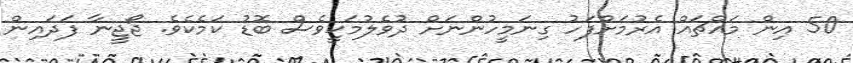
50 އިން މައްޗައް އެރުމަށްފަހު ގިނަމީހުންނަށް ދުވެލުމަކީވެސް ބޮޑު ކަމެކެވެ. ޖޯޖީނާ ފަދައިން